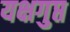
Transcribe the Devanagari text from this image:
यक्षगुप्त